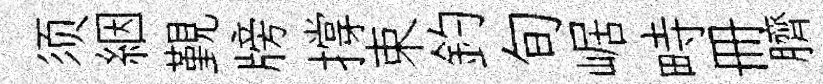
须絪覲牓撐束釣旬崌畤册臍